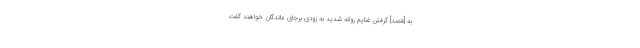
به [قصد] گرفتن غنايم روانه شديد به زودى برجاى ماندگان خواهند گفت